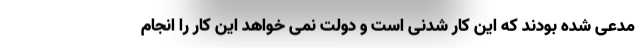
مدعی شده بودند که این کار شدنی است و دولت نمی خواهد این کار را انجام